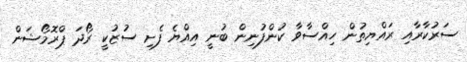
ސަރުކާރާއި ރައްޔިތުން ހިއްސާވާ ކުންފުނިން ބުނީ އިއްޔެ ފެށި ސުޒުކީ ރޯދަ ޕްރޮމޯޝަން